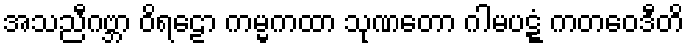
အသညီဂဗ္ဘာ ဝိရဠော ကမ္မကထာ သုဏတော ဂါမပဋ္ဋံ ကတဝေဒီတိ